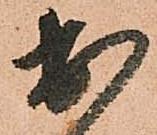
出